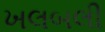
ખલબલી